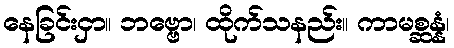
နေခြင်းငှာ။ ဘဗ္ဗော၊ ထိုက်သနည်း။ ကာမစ္ဆန္နံ၊